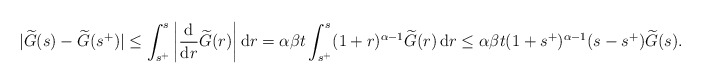
\begin{align*}|\widetilde{G}(s) - \widetilde{G}(s^+)| \leq \int_{s^+}^s \left| \frac{\mathrm{d}}{\mathrm{d}r}\widetilde{G}(r) \right| \mathrm{d}r =\alpha \beta t \int_{s^+}^s (1+r)^{\alpha-1} \widetilde{G}(r) \, \mathrm{d}r \leq \alpha \beta t (1+s^+)^{\alpha-1} (s-s^+) \widetilde{G}(s).\end{align*}